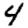
Digit: 4